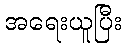
အရေးယူပြီး